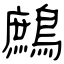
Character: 鷓